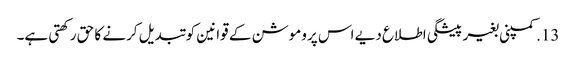
13. کمپنی بغیر پیشگی اطلاع دیے اس پروموشن کے قوانین کو تبدیل کرنے کا حق رکھتی ہے۔